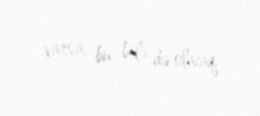
varsa, bu belə də olacaq.